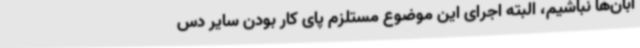
ابان‌ها نباشیم، البته اجرای این موضوع مستلزم پای کار بودن سایر دس